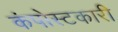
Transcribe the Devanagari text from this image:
कंपोस्टकारी